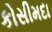
કોસીમદા